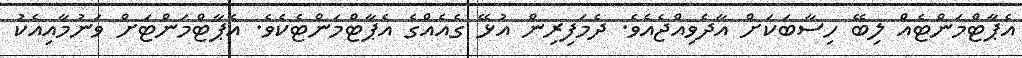
އެޕާޓްމަންޓެއް ލިބޭ ހިސާބަކަށް އާދެވިއްޖެއެވެ. ދެމަފިރިން އުޅޭ ގެއެއްގެ އެޕާޓްމަންޓެކެވެ. އެޕާޓްމަންޓަށް ވަނުމާއިއެކު